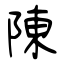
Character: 陳